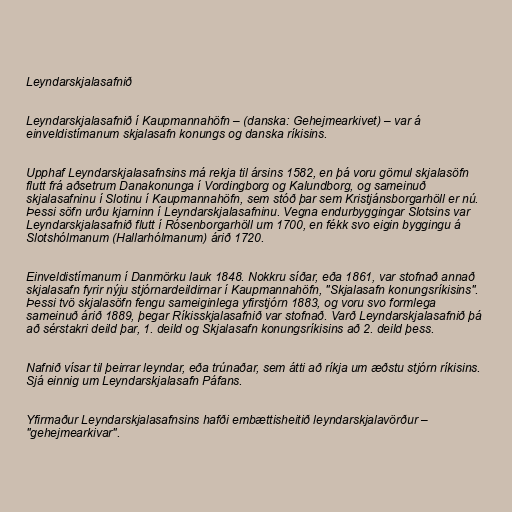
Leyndarskjalasafnið

Leyndarskjalasafnið í Kaupmannahöfn – (danska: Gehejmearkivet) – var á
einveldistímanum skjalasafn konungs og danska ríkisins.

Upphaf Leyndarskjalasafnsins má rekja til ársins 1582, en þá voru gömul skjalasöfn
flutt frá aðsetrum Danakonunga í Vordingborg og Kalundborg, og sameinuð
skjalasafninu í Slotinu í Kaupmannahöfn, sem stóð þar sem Kristjánsborgarhöll er nú.
Þessi söfn urðu kjarninn í Leyndarskjalasafninu. Vegna endurbyggingar Slotsins var
Leyndarskjalasafnið flutt í Rósenborgarhöll um 1700, en fékk svo eigin byggingu á
Slotshólmanum (Hallarhólmanum) árið 1720.

Einveldistímanum í Danmörku lauk 1848. Nokkru síðar, eða 1861, var stofnað annað
skjalasafn fyrir nýju stjórnardeildirnar í Kaupmannahöfn, "Skjalasafn konungsríkisins".
Þessi tvö skjalasöfn fengu sameiginlega yfirstjórn 1883, og voru svo formlega
sameinuð árið 1889, þegar Ríkisskjalasafnið var stofnað. Varð Leyndarskjalasafnið þá
að sérstakri deild þar, 1. deild og Skjalasafn konungsríkisins að 2. deild þess.

Nafnið vísar til þeirrar leyndar, eða trúnaðar, sem átti að ríkja um æðstu stjórn ríkisins.
Sjá einnig um Leyndarskjalasafn Páfans.

Yfirmaður Leyndarskjalasafnsins hafði embættisheitið leyndarskjalavörður –
"gehejmearkivar".